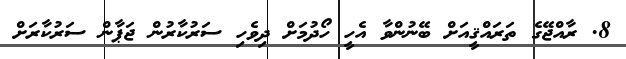
8. ރާއްޖޭގެ ތަރައްޤީއަށް ބޭނުންވާ އެހީ ހޯދުމަށް ދިވެހި ސަރުކާރުން ޖަޕާން ސަރުކާރަށް